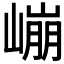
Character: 𰎱